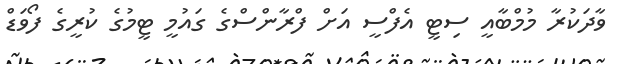
ވާދަކުރާ މުމްބާއީ ސިޓީ އެފްސީ އަށް ފްރާންސްގެ ގައުމީ ޓީމުގެ ކުރީގެ ފޯވަޑް